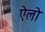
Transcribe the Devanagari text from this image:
ऐलो